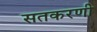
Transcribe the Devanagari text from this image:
सतकरणी